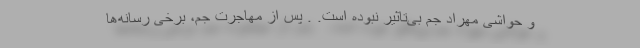
و حواشی مهراد جم بی‌تاثیر نبوده است. . پس از مهاجرت جم، برخی رسانه‌ها